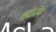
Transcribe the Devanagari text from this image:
स्टेयिंग